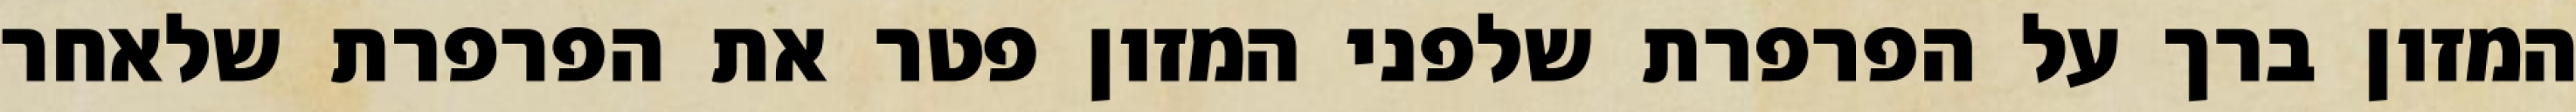
המזון ברך על הפרפרת שלפני המזון פטר את הפרפרת שלאחר